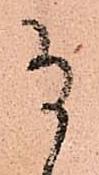
尚